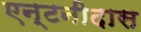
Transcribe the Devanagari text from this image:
एन्टनीदास